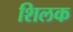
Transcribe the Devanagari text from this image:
शिलक